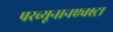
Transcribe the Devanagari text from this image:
परव्यूनानएक्स्ट्रा